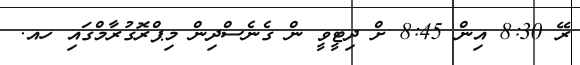
ރޭ 8:30 އިން 8:45 ށް ދިޓީވީ ން ގެނެސްދިން މިޕްރޮގުރާމްގައި ހއ.